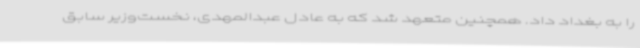
را به بغداد داد. همچنین متعهد شد که به عادل عبدالمهدی، نخست‌وزیر سابق